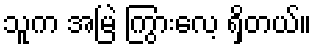
သူက အမြဲ ကြွားလေ့ ရှိတယ်။